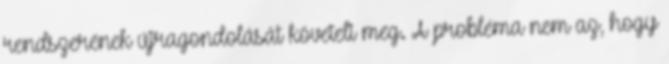
rendszerének újragondolását követeli meg. A probléma nem az, hogy